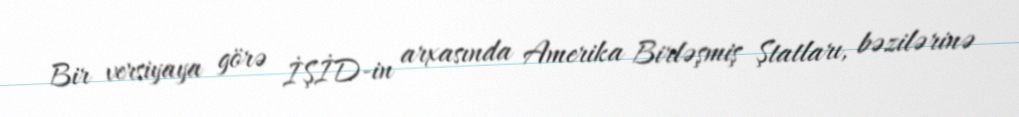
Bir versiyaya görə İŞİD-in arxasında Amerika Birləşmiş Ştatları, bəzilərinə